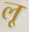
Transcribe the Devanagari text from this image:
लृ्